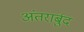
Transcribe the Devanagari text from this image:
अंतरार्बुद